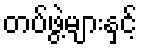
တပ်ဖွဲ့များနှင့်